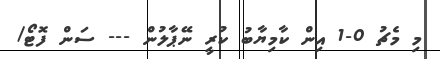
މި މެޗު 0-1 އިން ކާމިޔާބު ކުރީ ނޭޕާލުން --- ސަން ފޮޓޯ/